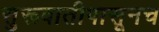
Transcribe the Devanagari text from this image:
सुरूवातीपासूनच